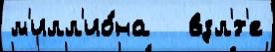
м'илл'ио́на   взл'́т'е